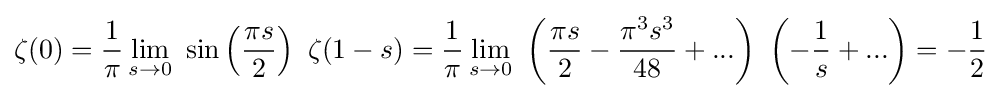
\zeta (0)={\frac {1}{\pi }}\lim _{s\rightarrow 0}\ \sin \left({\frac {\pi s}{2}}\right)\ \zeta (1-s)={\frac {1}{\pi }}\lim _{s\rightarrow 0}\ \left({\frac {\pi s}{2}}-{\frac {\pi ^{3}s^{3}}{48}}+...\right)\ \left(-{\frac {1}{s}}+...\right)=-{\frac {1}{2}}